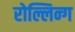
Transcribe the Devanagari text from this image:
रोल्लिन्ग